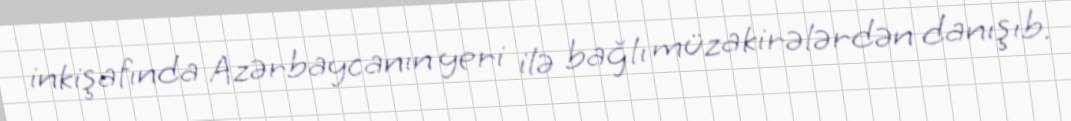
inkişafında Azərbaycanın yeri ilə bağlı müzakirələrdən danışıb.